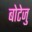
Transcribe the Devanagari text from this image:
बोटेजु